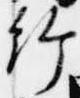
給